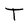
Character: T